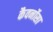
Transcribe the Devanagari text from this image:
कैवर्नोसा